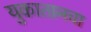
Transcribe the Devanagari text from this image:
युकातानचा